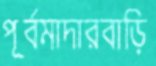
পূর্বমাদারবাড়ি